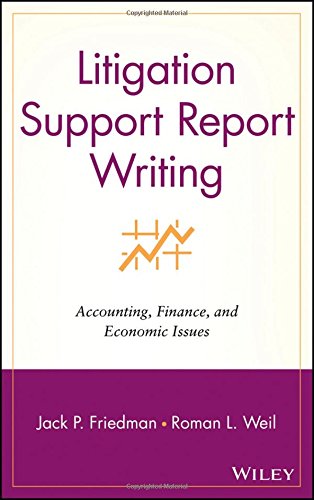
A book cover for Litigation Support Report Writing: Accounting, Finance, and Economic Issues; Jack P. Friedman; Law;